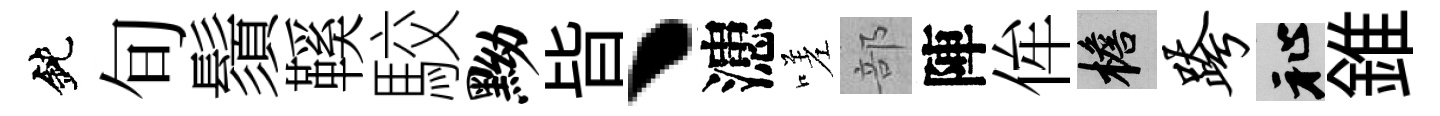
鈍旬鬚鞵駮黝皆丶漶嗟部陣侔檐跨祉錐